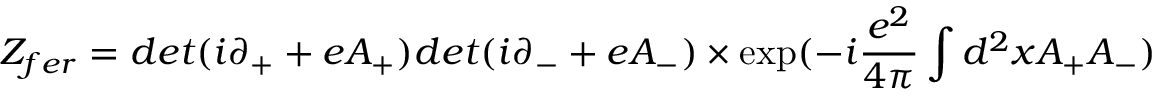
Z _ { f e r } = d e t ( i \partial _ { + } + e A _ { + } ) d e t ( i \partial _ { - } + e A _ { - } ) \times \exp ( - i \frac { e ^ { 2 } } { 4 \pi } \int d ^ { 2 } x A _ { + } A _ { - } )